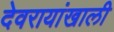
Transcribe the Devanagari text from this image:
देवरायांखाली